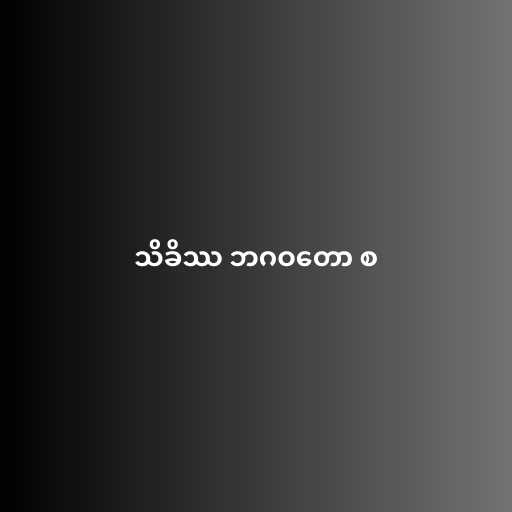
သိခိဿ ဘဂဝတော စ